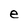
Character: e